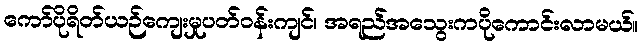
ကော်ပိုရိတ်ယဉ်ကျေးမှုပတ်ဝန်းကျင်၊ အရည်အသွေးကပိုကောင်းလာမယ်။